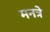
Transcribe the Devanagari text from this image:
मनत्रे